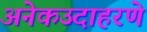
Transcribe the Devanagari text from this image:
अनेकउदाहरणे